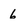
Character: 6